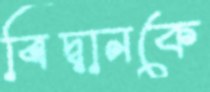
বিদ্বানকে